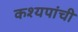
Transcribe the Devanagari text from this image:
कश्यपांची